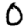
Digit: 0